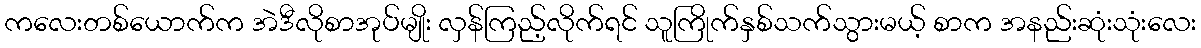
ကလေးတစ်ယောက်က အဲဒီလိုစာအုပ်မျိုး လှန်ကြည့်လိုက်ရင် သူကြိုက်နှစ်သက်သွားမယ့် စာက အနည်းဆုံးသုံးလေး